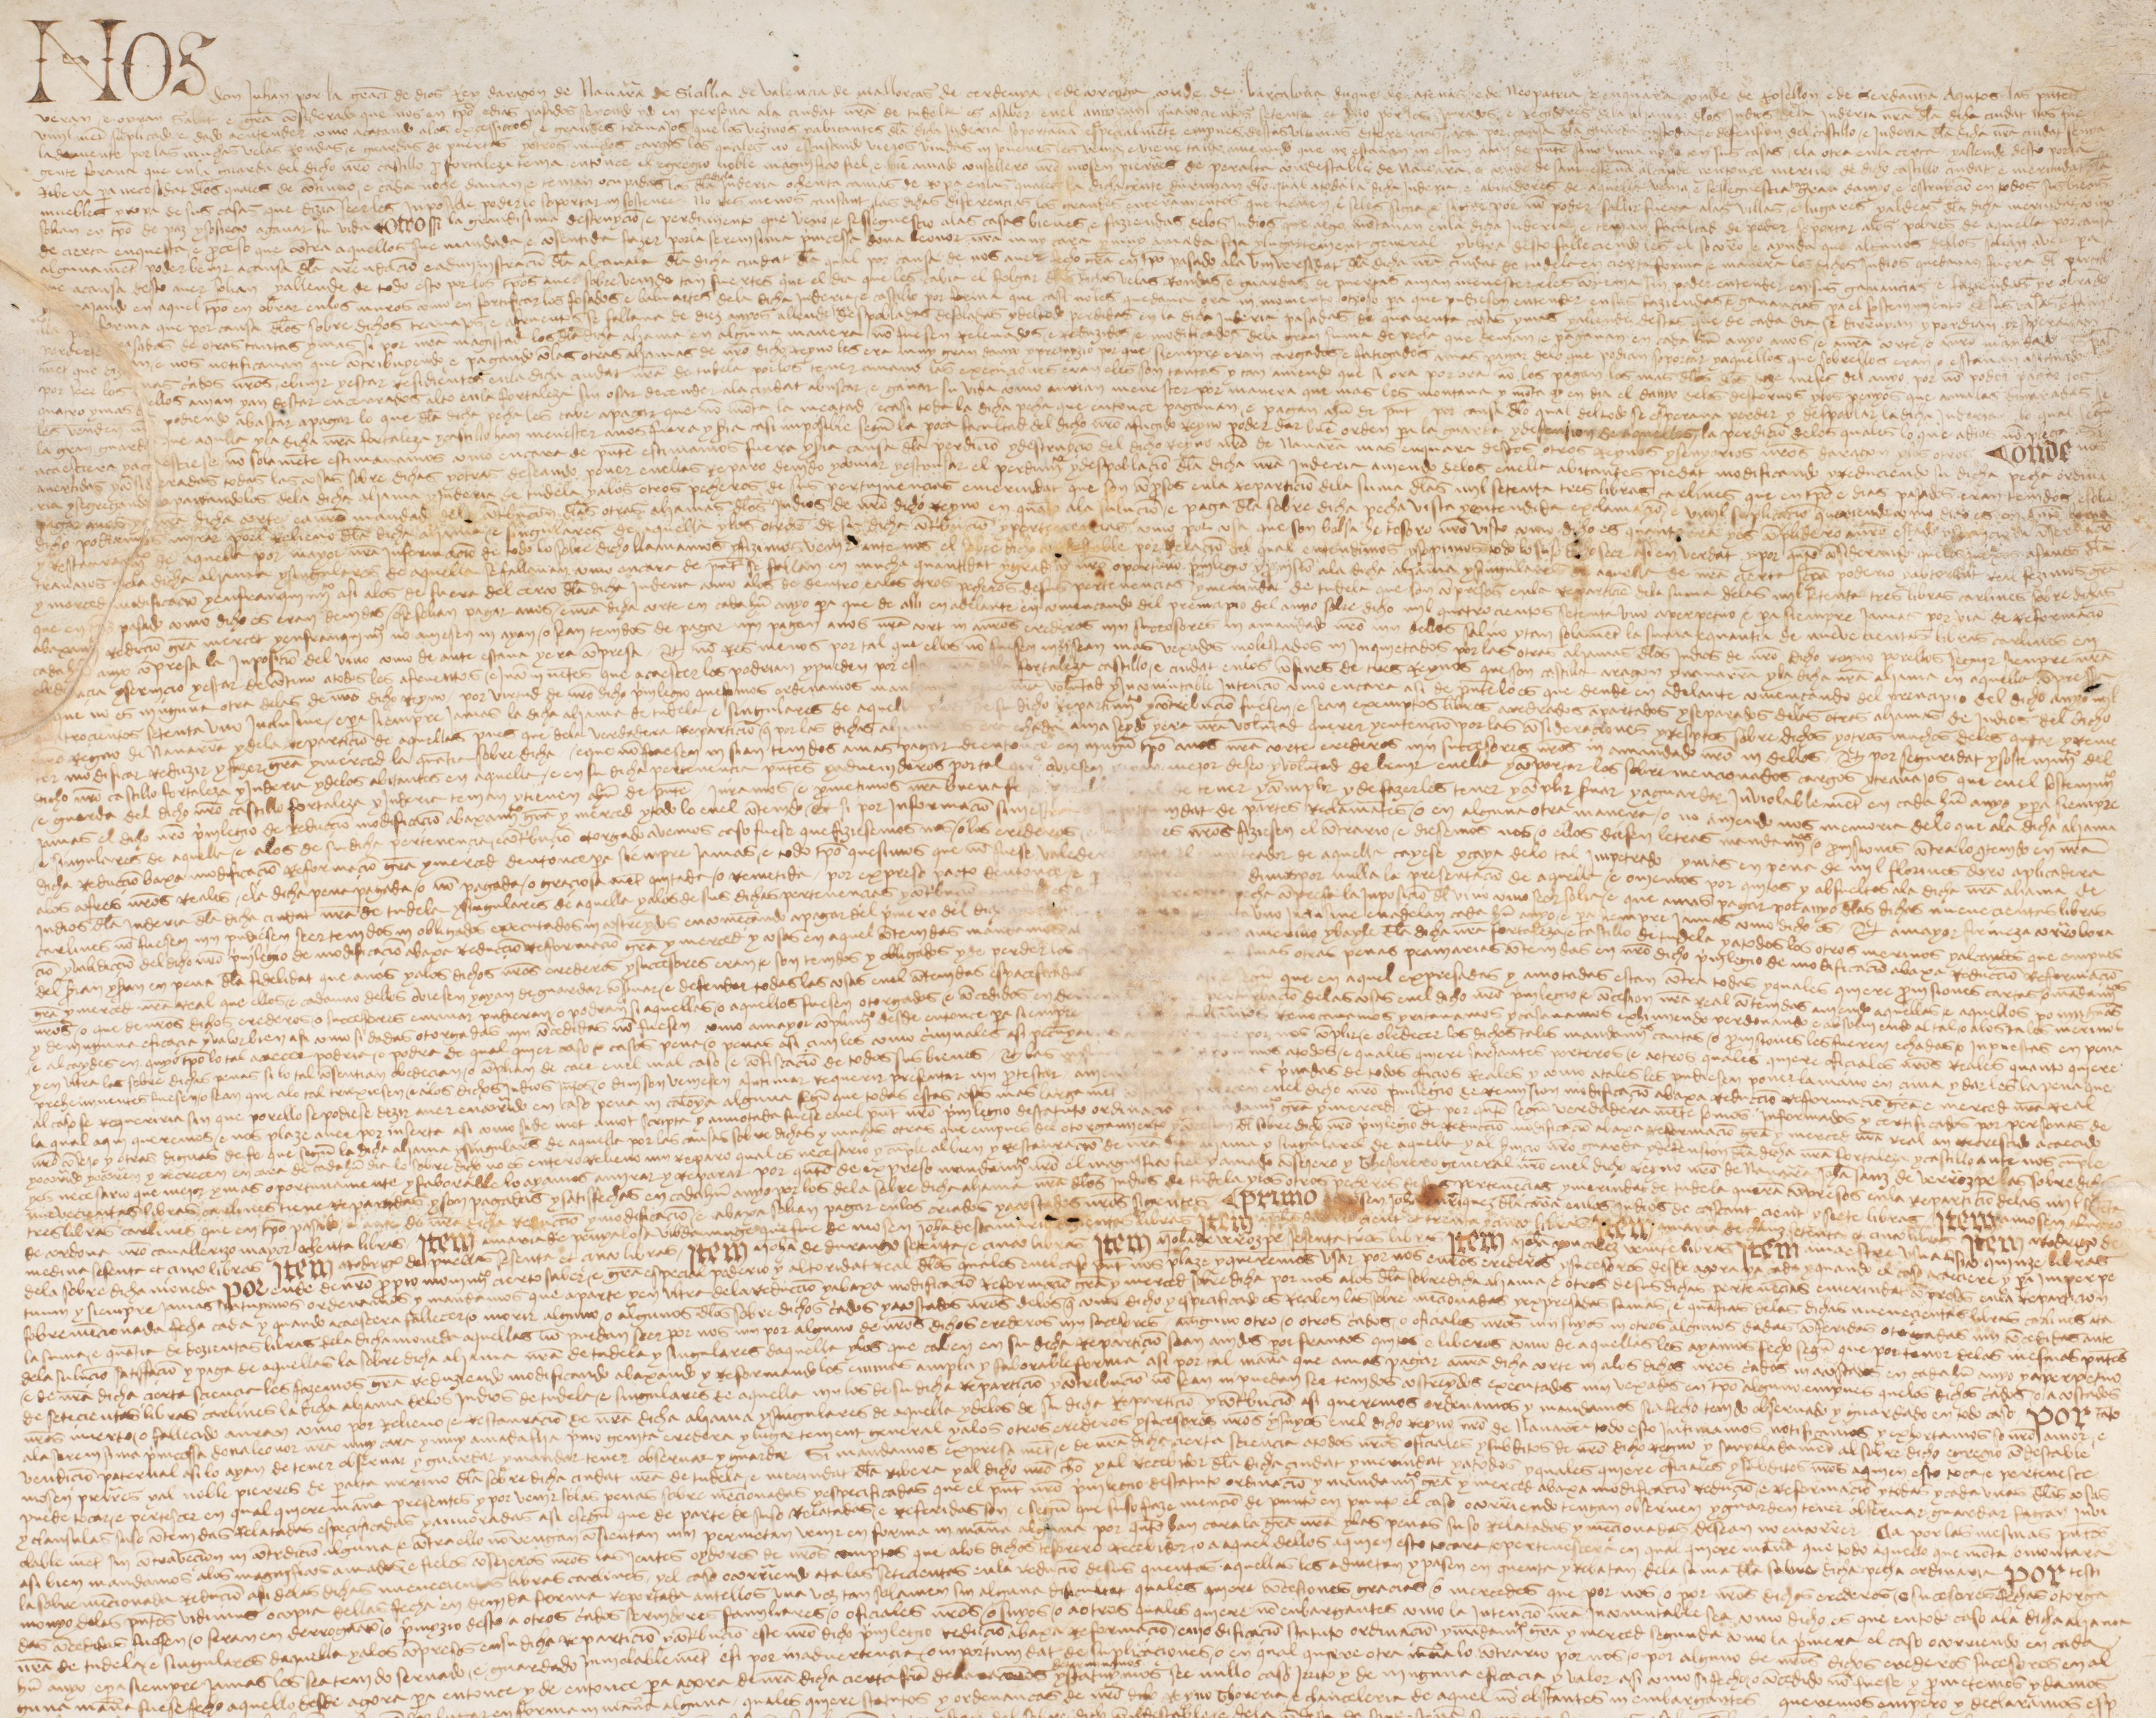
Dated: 1475–1475